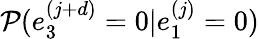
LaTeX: \mathcal{P}(e_{3}^{(j+d)}=0|e_{1}^{(j)}=0)